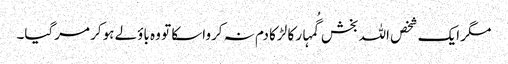
مگر ایک شخص اللہ بخش گُمہار کا لڑکا دم نہ کرواسکا تو وہ باؤلے ہوکر مرگیا۔